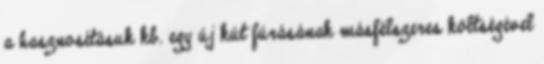
a hasznosításuk kb. egy új kút fúrásának másfélszeres költségével